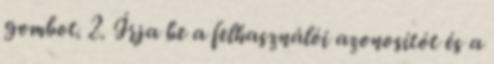
gombot. 2. Írja be a felhasználói azonosítót és a